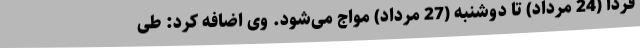
فردا (24 مرداد) تا دوشنبه (27 مرداد) مواج می‌شود. وی اضافه کرد: طی